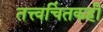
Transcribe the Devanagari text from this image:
तत्त्वचिंतकही